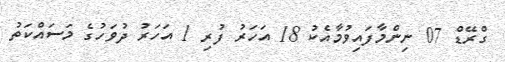
ގްރޭޑް 07 ނިންމާފައިވުމާއެކު 18 އަހަރު ފުރި 1 އަހަރު ދުވަހުގެ މަސައްކަތު